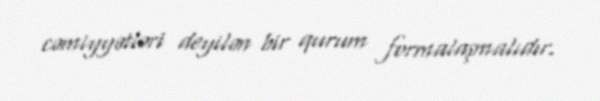
cəmiyyətləri deyilən bir qurum formalaşmalıdır.